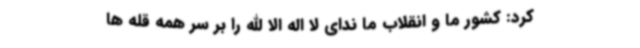
کرد: کشور ما و انقلاب ما ندای لا اله الا الله را بر سر همه قله ها